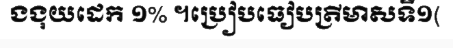
ងងុយដេក ១% ។ប្រៀបធៀបត្រីមាសទី១(